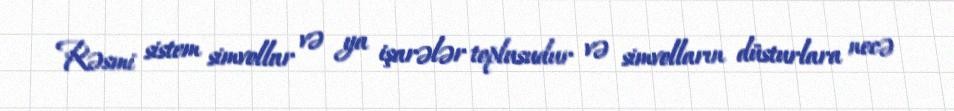
Rəsmi sistem simvollar və ya işarələr toplusudur və simvolların düsturlara necə